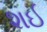
શઈ